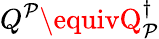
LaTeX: Q^{\mathcal{P}}\equivQ_{\mathcal{P}}^{\dagger}